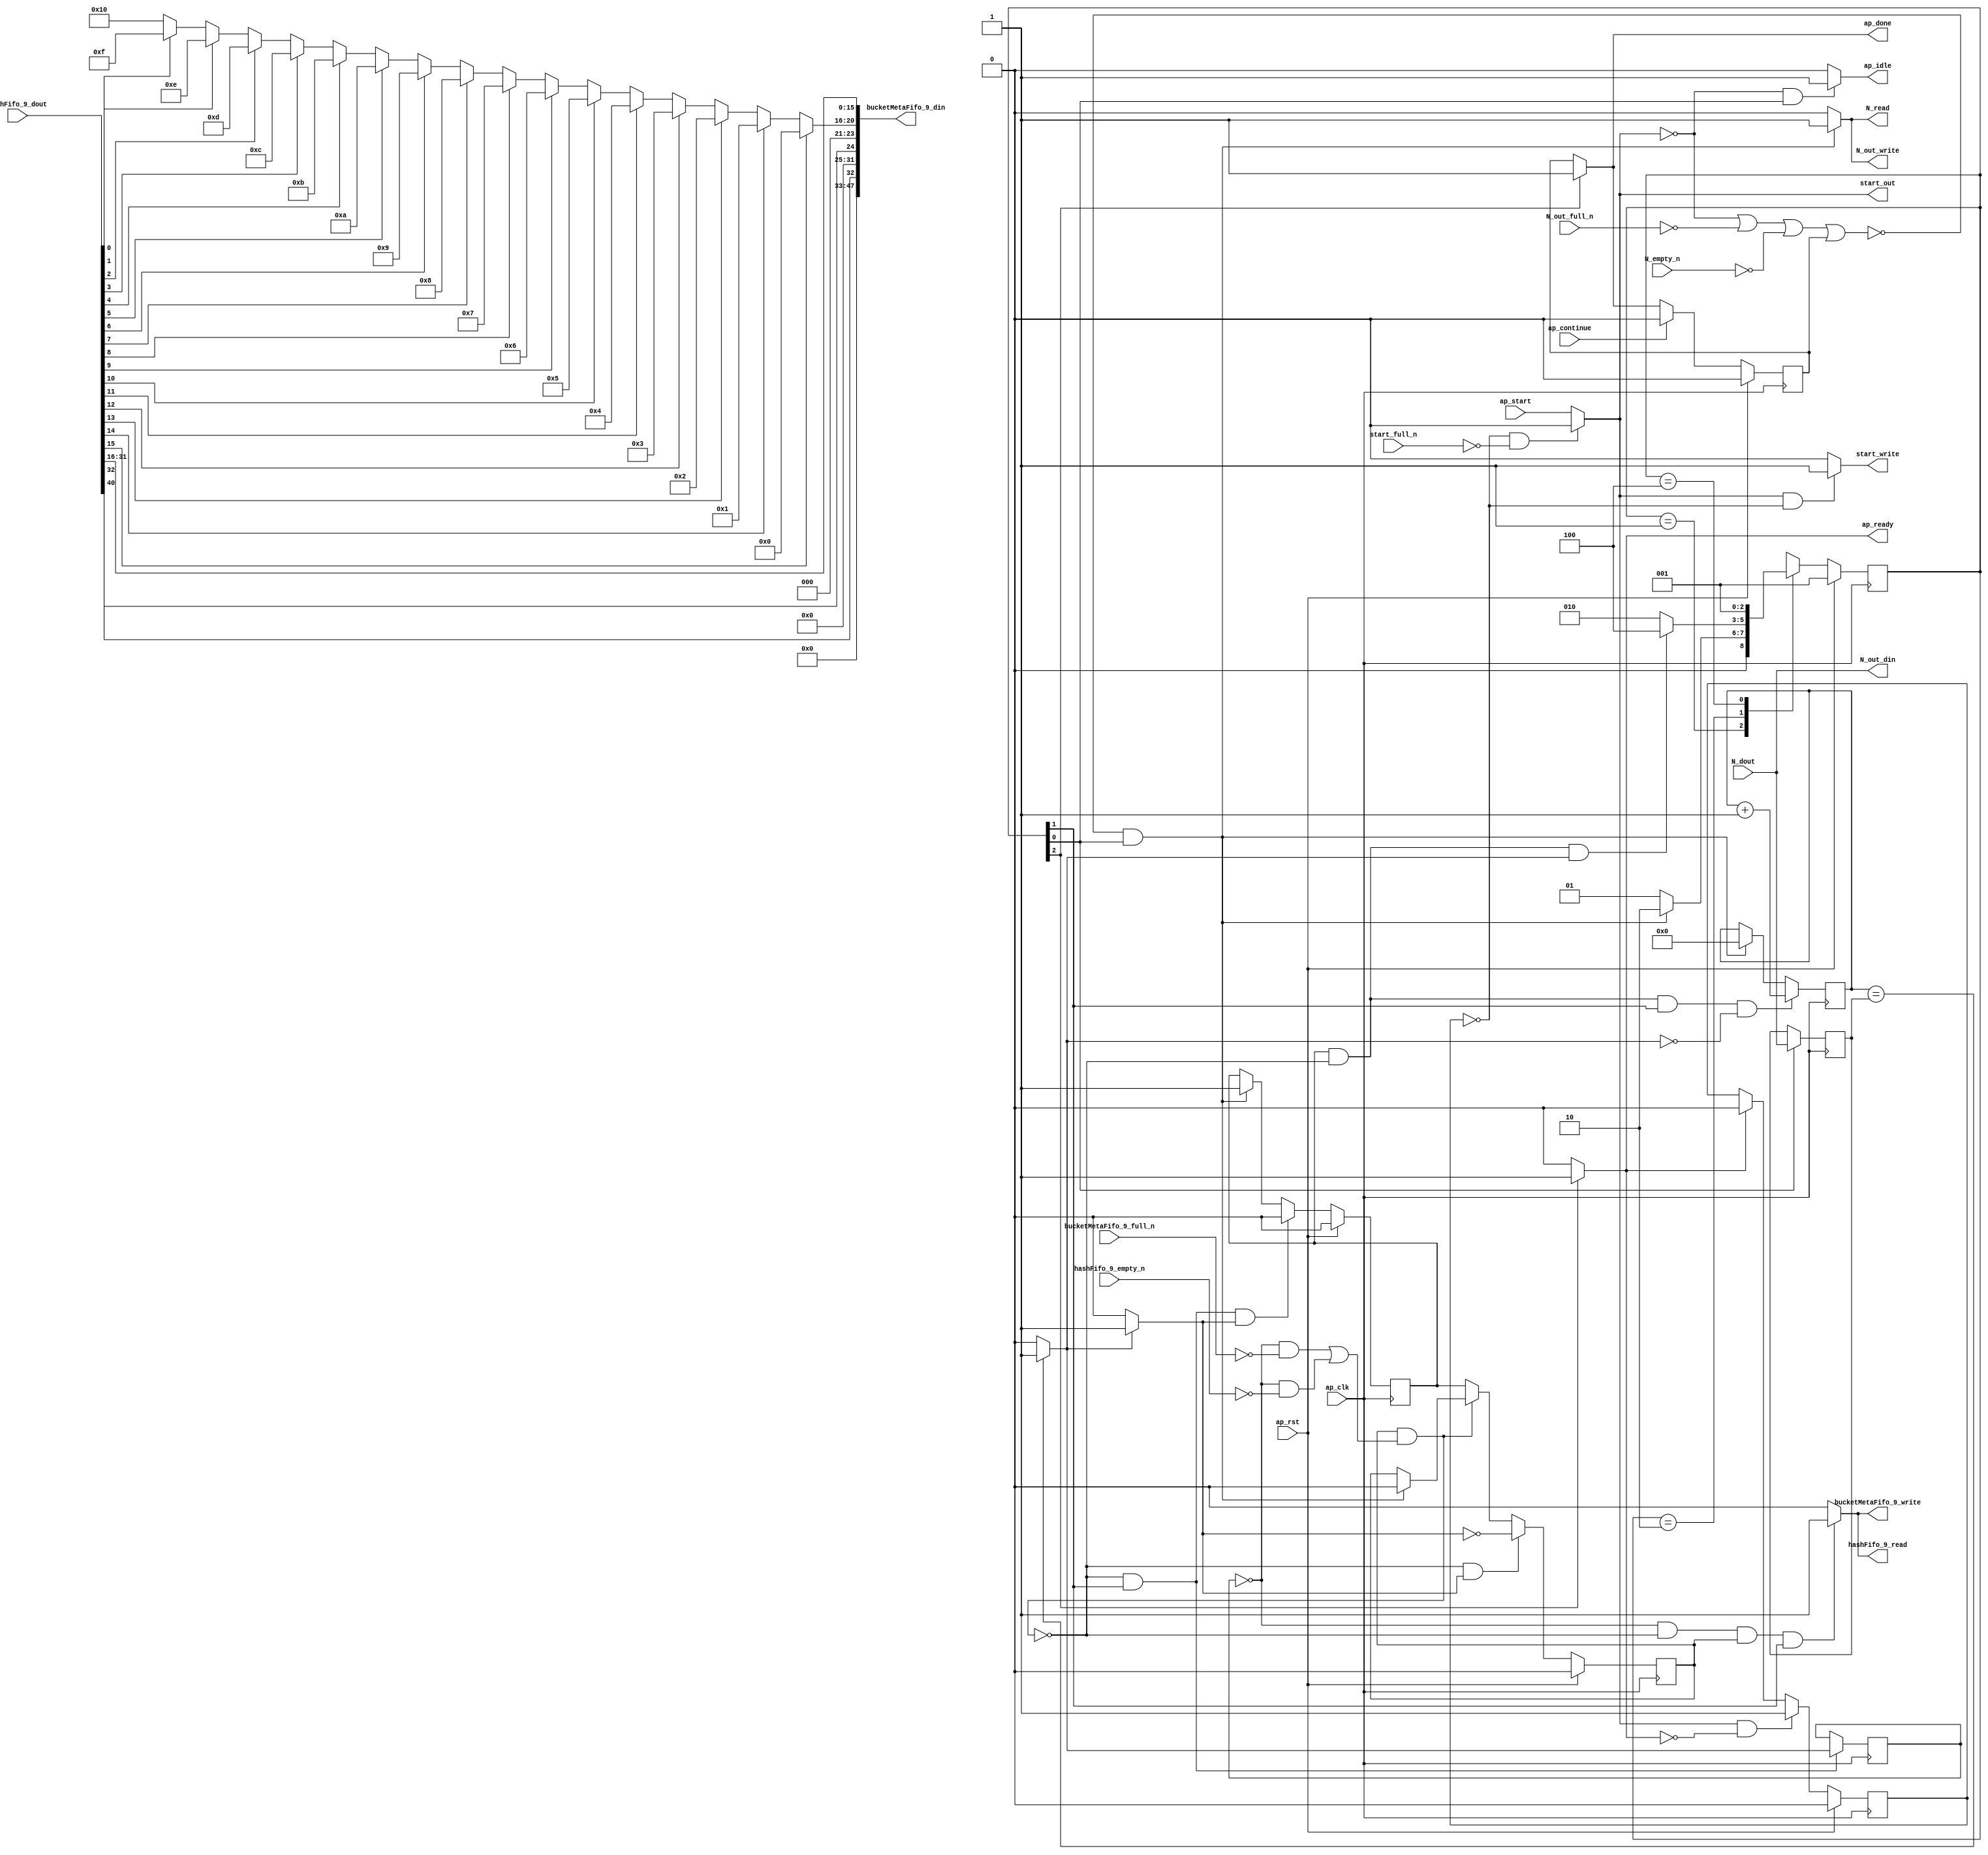
// ==============================================================
// RTL generated by Vitis HLS - High-Level Synthesis from C, C++ and OpenCL v2020.2 (64-bit)
// Version: 2020.2
// Copyright (C) Copyright 1986-2020 Xilinx, Inc. All Rights Reserved.
// 
// ===========================================================

`timescale 1 ns / 1 ps 

module hyperloglog_top_bz_detector_15_s (
        ap_clk,
        ap_rst,
        ap_start,
        start_full_n,
        ap_done,
        ap_continue,
        ap_idle,
        ap_ready,
        start_out,
        start_write,
        N_dout,
        N_empty_n,
        N_read,
        N_out_din,
        N_out_full_n,
        N_out_write,
        hashFifo_9_dout,
        hashFifo_9_empty_n,
        hashFifo_9_read,
        bucketMetaFifo_9_din,
        bucketMetaFifo_9_full_n,
        bucketMetaFifo_9_write
);

parameter    ap_ST_fsm_state1 = 3'd1;
parameter    ap_ST_fsm_pp0_stage0 = 3'd2;
parameter    ap_ST_fsm_state4 = 3'd4;

input   ap_clk;
input   ap_rst;
input   ap_start;
input   start_full_n;
output   ap_done;
input   ap_continue;
output   ap_idle;
output   ap_ready;
output   start_out;
output   start_write;
input  [63:0] N_dout;
input   N_empty_n;
output   N_read;
output  [63:0] N_out_din;
input   N_out_full_n;
output   N_out_write;
input  [63:0] hashFifo_9_dout;
input   hashFifo_9_empty_n;
output   hashFifo_9_read;
output  [47:0] bucketMetaFifo_9_din;
input   bucketMetaFifo_9_full_n;
output   bucketMetaFifo_9_write;

reg ap_done;
reg ap_idle;
reg start_write;
reg N_read;
reg N_out_write;
reg hashFifo_9_read;
reg bucketMetaFifo_9_write;

reg    real_start;
reg    start_once_reg;
reg    ap_done_reg;
(* fsm_encoding = "none" *) reg   [2:0] ap_CS_fsm;
wire    ap_CS_fsm_state1;
reg    internal_ap_ready;
reg    N_blk_n;
reg    N_out_blk_n;
reg    hashFifo_9_blk_n;
wire    ap_CS_fsm_pp0_stage0;
reg    ap_enable_reg_pp0_iter1;
wire    ap_block_pp0_stage0;
reg   [0:0] icmp_ln39_reg_208;
reg    bucketMetaFifo_9_blk_n;
reg   [63:0] i_reg_101;
reg   [63:0] N_read_reg_198;
wire   [63:0] i_43_fu_112_p2;
reg    ap_enable_reg_pp0_iter0;
wire    ap_block_state2_pp0_stage0_iter0;
reg    ap_block_state3_pp0_stage0_iter1;
reg    ap_block_pp0_stage0_11001;
wire   [0:0] icmp_ln39_fu_118_p2;
reg    ap_block_state1;
reg    ap_block_pp0_stage0_subdone;
reg    ap_condition_pp0_exit_iter0_state2;
reg    ap_block_pp0_stage0_01001;
reg   [15:0] p_Result_s_fu_141_p4;
wire   [31:0] p_Result_20_fu_151_p3;
reg   [31:0] op_assign_fu_159_p3;
wire   [0:0] tmp_fu_123_p3;
wire   [0:0] tmp_15_fu_171_p3;
wire   [4:0] trunc_ln174_fu_167_p1;
wire   [15:0] trunc_ln_fu_131_p4;
wire    ap_CS_fsm_state4;
reg   [2:0] ap_NS_fsm;
reg    ap_idle_pp0;
wire    ap_enable_pp0;
wire    ap_ce_reg;

// power-on initialization
initial begin
#0 start_once_reg = 1'b0;
#0 ap_done_reg = 1'b0;
#0 ap_CS_fsm = 3'd1;
#0 ap_enable_reg_pp0_iter1 = 1'b0;
#0 ap_enable_reg_pp0_iter0 = 1'b0;
end

always @ (posedge ap_clk) begin
    if (ap_rst == 1'b1) begin
        ap_CS_fsm <= ap_ST_fsm_state1;
    end else begin
        ap_CS_fsm <= ap_NS_fsm;
    end
end

always @ (posedge ap_clk) begin
    if (ap_rst == 1'b1) begin
        ap_done_reg <= 1'b0;
    end else begin
        if ((ap_continue == 1'b1)) begin
            ap_done_reg <= 1'b0;
        end else if ((1'b1 == ap_CS_fsm_state4)) begin
            ap_done_reg <= 1'b1;
        end
    end
end

always @ (posedge ap_clk) begin
    if (ap_rst == 1'b1) begin
        ap_enable_reg_pp0_iter0 <= 1'b0;
    end else begin
        if (((1'b0 == ap_block_pp0_stage0_subdone) & (1'b1 == ap_CS_fsm_pp0_stage0) & (1'b1 == ap_condition_pp0_exit_iter0_state2))) begin
            ap_enable_reg_pp0_iter0 <= 1'b0;
        end else if ((~((real_start == 1'b0) | (1'b0 == N_out_full_n) | (1'b0 == N_empty_n) | (ap_done_reg == 1'b1)) & (1'b1 == ap_CS_fsm_state1))) begin
            ap_enable_reg_pp0_iter0 <= 1'b1;
        end
    end
end

always @ (posedge ap_clk) begin
    if (ap_rst == 1'b1) begin
        ap_enable_reg_pp0_iter1 <= 1'b0;
    end else begin
        if (((1'b0 == ap_block_pp0_stage0_subdone) & (1'b1 == ap_condition_pp0_exit_iter0_state2))) begin
            ap_enable_reg_pp0_iter1 <= (1'b1 ^ ap_condition_pp0_exit_iter0_state2);
        end else if ((1'b0 == ap_block_pp0_stage0_subdone)) begin
            ap_enable_reg_pp0_iter1 <= ap_enable_reg_pp0_iter0;
        end else if ((~((real_start == 1'b0) | (1'b0 == N_out_full_n) | (1'b0 == N_empty_n) | (ap_done_reg == 1'b1)) & (1'b1 == ap_CS_fsm_state1))) begin
            ap_enable_reg_pp0_iter1 <= 1'b0;
        end
    end
end

always @ (posedge ap_clk) begin
    if (ap_rst == 1'b1) begin
        start_once_reg <= 1'b0;
    end else begin
        if (((real_start == 1'b1) & (internal_ap_ready == 1'b0))) begin
            start_once_reg <= 1'b1;
        end else if ((internal_ap_ready == 1'b1)) begin
            start_once_reg <= 1'b0;
        end
    end
end

always @ (posedge ap_clk) begin
    if (((ap_enable_reg_pp0_iter0 == 1'b1) & (1'b0 == ap_block_pp0_stage0_11001) & (1'b1 == ap_CS_fsm_pp0_stage0) & (icmp_ln39_fu_118_p2 == 1'd0))) begin
        i_reg_101 <= i_43_fu_112_p2;
    end else if ((~((real_start == 1'b0) | (1'b0 == N_out_full_n) | (1'b0 == N_empty_n) | (ap_done_reg == 1'b1)) & (1'b1 == ap_CS_fsm_state1))) begin
        i_reg_101 <= 64'd0;
    end
end

always @ (posedge ap_clk) begin
    if ((1'b1 == ap_CS_fsm_state1)) begin
        N_read_reg_198 <= N_dout;
    end
end

always @ (posedge ap_clk) begin
    if (((1'b0 == ap_block_pp0_stage0_11001) & (1'b1 == ap_CS_fsm_pp0_stage0))) begin
        icmp_ln39_reg_208 <= icmp_ln39_fu_118_p2;
    end
end

always @ (*) begin
    if ((~((real_start == 1'b0) | (ap_done_reg == 1'b1)) & (1'b1 == ap_CS_fsm_state1))) begin
        N_blk_n = N_empty_n;
    end else begin
        N_blk_n = 1'b1;
    end
end

always @ (*) begin
    if ((~((real_start == 1'b0) | (ap_done_reg == 1'b1)) & (1'b1 == ap_CS_fsm_state1))) begin
        N_out_blk_n = N_out_full_n;
    end else begin
        N_out_blk_n = 1'b1;
    end
end

always @ (*) begin
    if ((~((real_start == 1'b0) | (1'b0 == N_out_full_n) | (1'b0 == N_empty_n) | (ap_done_reg == 1'b1)) & (1'b1 == ap_CS_fsm_state1))) begin
        N_out_write = 1'b1;
    end else begin
        N_out_write = 1'b0;
    end
end

always @ (*) begin
    if ((~((real_start == 1'b0) | (1'b0 == N_out_full_n) | (1'b0 == N_empty_n) | (ap_done_reg == 1'b1)) & (1'b1 == ap_CS_fsm_state1))) begin
        N_read = 1'b1;
    end else begin
        N_read = 1'b0;
    end
end

always @ (*) begin
    if ((icmp_ln39_fu_118_p2 == 1'd1)) begin
        ap_condition_pp0_exit_iter0_state2 = 1'b1;
    end else begin
        ap_condition_pp0_exit_iter0_state2 = 1'b0;
    end
end

always @ (*) begin
    if ((1'b1 == ap_CS_fsm_state4)) begin
        ap_done = 1'b1;
    end else begin
        ap_done = ap_done_reg;
    end
end

always @ (*) begin
    if (((real_start == 1'b0) & (1'b1 == ap_CS_fsm_state1))) begin
        ap_idle = 1'b1;
    end else begin
        ap_idle = 1'b0;
    end
end

always @ (*) begin
    if (((ap_enable_reg_pp0_iter0 == 1'b0) & (ap_enable_reg_pp0_iter1 == 1'b0))) begin
        ap_idle_pp0 = 1'b1;
    end else begin
        ap_idle_pp0 = 1'b0;
    end
end

always @ (*) begin
    if (((icmp_ln39_reg_208 == 1'd0) & (1'b0 == ap_block_pp0_stage0) & (ap_enable_reg_pp0_iter1 == 1'b1) & (1'b1 == ap_CS_fsm_pp0_stage0))) begin
        bucketMetaFifo_9_blk_n = bucketMetaFifo_9_full_n;
    end else begin
        bucketMetaFifo_9_blk_n = 1'b1;
    end
end

always @ (*) begin
    if (((icmp_ln39_reg_208 == 1'd0) & (1'b0 == ap_block_pp0_stage0_11001) & (ap_enable_reg_pp0_iter1 == 1'b1) & (1'b1 == ap_CS_fsm_pp0_stage0))) begin
        bucketMetaFifo_9_write = 1'b1;
    end else begin
        bucketMetaFifo_9_write = 1'b0;
    end
end

always @ (*) begin
    if (((icmp_ln39_reg_208 == 1'd0) & (1'b0 == ap_block_pp0_stage0) & (ap_enable_reg_pp0_iter1 == 1'b1) & (1'b1 == ap_CS_fsm_pp0_stage0))) begin
        hashFifo_9_blk_n = hashFifo_9_empty_n;
    end else begin
        hashFifo_9_blk_n = 1'b1;
    end
end

always @ (*) begin
    if (((icmp_ln39_reg_208 == 1'd0) & (1'b0 == ap_block_pp0_stage0_11001) & (ap_enable_reg_pp0_iter1 == 1'b1) & (1'b1 == ap_CS_fsm_pp0_stage0))) begin
        hashFifo_9_read = 1'b1;
    end else begin
        hashFifo_9_read = 1'b0;
    end
end

always @ (*) begin
    if ((1'b1 == ap_CS_fsm_state4)) begin
        internal_ap_ready = 1'b1;
    end else begin
        internal_ap_ready = 1'b0;
    end
end

always @ (*) begin
    if (((start_once_reg == 1'b0) & (start_full_n == 1'b0))) begin
        real_start = 1'b0;
    end else begin
        real_start = ap_start;
    end
end

always @ (*) begin
    if (((real_start == 1'b1) & (start_once_reg == 1'b0))) begin
        start_write = 1'b1;
    end else begin
        start_write = 1'b0;
    end
end

always @ (*) begin
    case (ap_CS_fsm)
        ap_ST_fsm_state1 : begin
            if ((~((real_start == 1'b0) | (1'b0 == N_out_full_n) | (1'b0 == N_empty_n) | (ap_done_reg == 1'b1)) & (1'b1 == ap_CS_fsm_state1))) begin
                ap_NS_fsm = ap_ST_fsm_pp0_stage0;
            end else begin
                ap_NS_fsm = ap_ST_fsm_state1;
            end
        end
        ap_ST_fsm_pp0_stage0 : begin
            if (~((ap_enable_reg_pp0_iter0 == 1'b1) & (1'b0 == ap_block_pp0_stage0_subdone) & (icmp_ln39_fu_118_p2 == 1'd1))) begin
                ap_NS_fsm = ap_ST_fsm_pp0_stage0;
            end else if (((ap_enable_reg_pp0_iter0 == 1'b1) & (1'b0 == ap_block_pp0_stage0_subdone) & (icmp_ln39_fu_118_p2 == 1'd1))) begin
                ap_NS_fsm = ap_ST_fsm_state4;
            end else begin
                ap_NS_fsm = ap_ST_fsm_pp0_stage0;
            end
        end
        ap_ST_fsm_state4 : begin
            ap_NS_fsm = ap_ST_fsm_state1;
        end
        default : begin
            ap_NS_fsm = 'bx;
        end
    endcase
end

assign N_out_din = N_dout;

assign ap_CS_fsm_pp0_stage0 = ap_CS_fsm[32'd1];

assign ap_CS_fsm_state1 = ap_CS_fsm[32'd0];

assign ap_CS_fsm_state4 = ap_CS_fsm[32'd2];

assign ap_block_pp0_stage0 = ~(1'b1 == 1'b1);

always @ (*) begin
    ap_block_pp0_stage0_01001 = ((ap_enable_reg_pp0_iter1 == 1'b1) & (((icmp_ln39_reg_208 == 1'd0) & (bucketMetaFifo_9_full_n == 1'b0)) | ((icmp_ln39_reg_208 == 1'd0) & (hashFifo_9_empty_n == 1'b0))));
end

always @ (*) begin
    ap_block_pp0_stage0_11001 = ((ap_enable_reg_pp0_iter1 == 1'b1) & (((icmp_ln39_reg_208 == 1'd0) & (bucketMetaFifo_9_full_n == 1'b0)) | ((icmp_ln39_reg_208 == 1'd0) & (hashFifo_9_empty_n == 1'b0))));
end

always @ (*) begin
    ap_block_pp0_stage0_subdone = ((ap_enable_reg_pp0_iter1 == 1'b1) & (((icmp_ln39_reg_208 == 1'd0) & (bucketMetaFifo_9_full_n == 1'b0)) | ((icmp_ln39_reg_208 == 1'd0) & (hashFifo_9_empty_n == 1'b0))));
end

always @ (*) begin
    ap_block_state1 = ((real_start == 1'b0) | (1'b0 == N_out_full_n) | (1'b0 == N_empty_n) | (ap_done_reg == 1'b1));
end

assign ap_block_state2_pp0_stage0_iter0 = ~(1'b1 == 1'b1);

always @ (*) begin
    ap_block_state3_pp0_stage0_iter1 = (((icmp_ln39_reg_208 == 1'd0) & (bucketMetaFifo_9_full_n == 1'b0)) | ((icmp_ln39_reg_208 == 1'd0) & (hashFifo_9_empty_n == 1'b0)));
end

assign ap_enable_pp0 = (ap_idle_pp0 ^ 1'b1);

assign ap_ready = internal_ap_ready;

assign bucketMetaFifo_9_din = {{{{{{{{{{{{15'd0}, {tmp_fu_123_p3}}}, {7'd0}}}, {tmp_15_fu_171_p3}}}, {3'd0}}}, {trunc_ln174_fu_167_p1}}}, {trunc_ln_fu_131_p4}};

assign i_43_fu_112_p2 = (i_reg_101 + 64'd1);

assign icmp_ln39_fu_118_p2 = ((i_reg_101 == N_read_reg_198) ? 1'b1 : 1'b0);


always @ (p_Result_20_fu_151_p3) begin
    if (p_Result_20_fu_151_p3[0] == 1'b1) begin
        op_assign_fu_159_p3 = 32'd0;
    end else if (p_Result_20_fu_151_p3[1] == 1'b1) begin
        op_assign_fu_159_p3 = 32'd1;
    end else if (p_Result_20_fu_151_p3[2] == 1'b1) begin
        op_assign_fu_159_p3 = 32'd2;
    end else if (p_Result_20_fu_151_p3[3] == 1'b1) begin
        op_assign_fu_159_p3 = 32'd3;
    end else if (p_Result_20_fu_151_p3[4] == 1'b1) begin
        op_assign_fu_159_p3 = 32'd4;
    end else if (p_Result_20_fu_151_p3[5] == 1'b1) begin
        op_assign_fu_159_p3 = 32'd5;
    end else if (p_Result_20_fu_151_p3[6] == 1'b1) begin
        op_assign_fu_159_p3 = 32'd6;
    end else if (p_Result_20_fu_151_p3[7] == 1'b1) begin
        op_assign_fu_159_p3 = 32'd7;
    end else if (p_Result_20_fu_151_p3[8] == 1'b1) begin
        op_assign_fu_159_p3 = 32'd8;
    end else if (p_Result_20_fu_151_p3[9] == 1'b1) begin
        op_assign_fu_159_p3 = 32'd9;
    end else if (p_Result_20_fu_151_p3[10] == 1'b1) begin
        op_assign_fu_159_p3 = 32'd10;
    end else if (p_Result_20_fu_151_p3[11] == 1'b1) begin
        op_assign_fu_159_p3 = 32'd11;
    end else if (p_Result_20_fu_151_p3[12] == 1'b1) begin
        op_assign_fu_159_p3 = 32'd12;
    end else if (p_Result_20_fu_151_p3[13] == 1'b1) begin
        op_assign_fu_159_p3 = 32'd13;
    end else if (p_Result_20_fu_151_p3[14] == 1'b1) begin
        op_assign_fu_159_p3 = 32'd14;
    end else if (p_Result_20_fu_151_p3[15] == 1'b1) begin
        op_assign_fu_159_p3 = 32'd15;
    end else if (p_Result_20_fu_151_p3[16] == 1'b1) begin
        op_assign_fu_159_p3 = 32'd16;
    end else if (p_Result_20_fu_151_p3[17] == 1'b1) begin
        op_assign_fu_159_p3 = 32'd17;
    end else if (p_Result_20_fu_151_p3[18] == 1'b1) begin
        op_assign_fu_159_p3 = 32'd18;
    end else if (p_Result_20_fu_151_p3[19] == 1'b1) begin
        op_assign_fu_159_p3 = 32'd19;
    end else if (p_Result_20_fu_151_p3[20] == 1'b1) begin
        op_assign_fu_159_p3 = 32'd20;
    end else if (p_Result_20_fu_151_p3[21] == 1'b1) begin
        op_assign_fu_159_p3 = 32'd21;
    end else if (p_Result_20_fu_151_p3[22] == 1'b1) begin
        op_assign_fu_159_p3 = 32'd22;
    end else if (p_Result_20_fu_151_p3[23] == 1'b1) begin
        op_assign_fu_159_p3 = 32'd23;
    end else if (p_Result_20_fu_151_p3[24] == 1'b1) begin
        op_assign_fu_159_p3 = 32'd24;
    end else if (p_Result_20_fu_151_p3[25] == 1'b1) begin
        op_assign_fu_159_p3 = 32'd25;
    end else if (p_Result_20_fu_151_p3[26] == 1'b1) begin
        op_assign_fu_159_p3 = 32'd26;
    end else if (p_Result_20_fu_151_p3[27] == 1'b1) begin
        op_assign_fu_159_p3 = 32'd27;
    end else if (p_Result_20_fu_151_p3[28] == 1'b1) begin
        op_assign_fu_159_p3 = 32'd28;
    end else if (p_Result_20_fu_151_p3[29] == 1'b1) begin
        op_assign_fu_159_p3 = 32'd29;
    end else if (p_Result_20_fu_151_p3[30] == 1'b1) begin
        op_assign_fu_159_p3 = 32'd30;
    end else if (p_Result_20_fu_151_p3[31] == 1'b1) begin
        op_assign_fu_159_p3 = 32'd31;
    end else begin
        op_assign_fu_159_p3 = 32'd32;
    end
end

assign p_Result_20_fu_151_p3 = {{16'd65535}, {p_Result_s_fu_141_p4}};

integer ap_tvar_int_0;

always @ (hashFifo_9_dout) begin
    for (ap_tvar_int_0 = 16 - 1; ap_tvar_int_0 >= 0; ap_tvar_int_0 = ap_tvar_int_0 - 1) begin
        if (ap_tvar_int_0 > 15 - 0) begin
            p_Result_s_fu_141_p4[ap_tvar_int_0] = 1'b0;
        end else begin
            p_Result_s_fu_141_p4[ap_tvar_int_0] = hashFifo_9_dout[15 - ap_tvar_int_0];
        end
    end
end

assign start_out = real_start;

assign tmp_15_fu_171_p3 = hashFifo_9_dout[32'd32];

assign tmp_fu_123_p3 = hashFifo_9_dout[32'd40];

assign trunc_ln174_fu_167_p1 = op_assign_fu_159_p3[4:0];

assign trunc_ln_fu_131_p4 = {{hashFifo_9_dout[31:16]}};

endmodule //hyperloglog_top_bz_detector_15_s